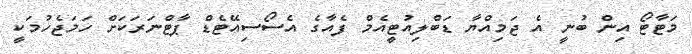
މަޓާޓޯ އިން ބުނީ އެ ޖަމިއްޔާ ޑަބްލިއުޓީއެމް ފެއާގެ އެސޯސިއޭޓެޑް ޕާޓްނަރަކަށް ހަމަޖެހުމަކީ